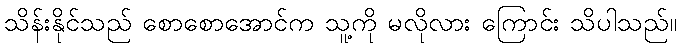
သိန်းနိုင်သည် စောစောအောင်က သူ့ကို မလိုလား ကြောင်း သိပါသည်။